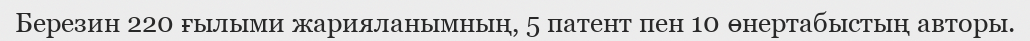
Березин 220 ғылыми жарияланымның, 5 патент пен 10 өнертабыстың авторы.